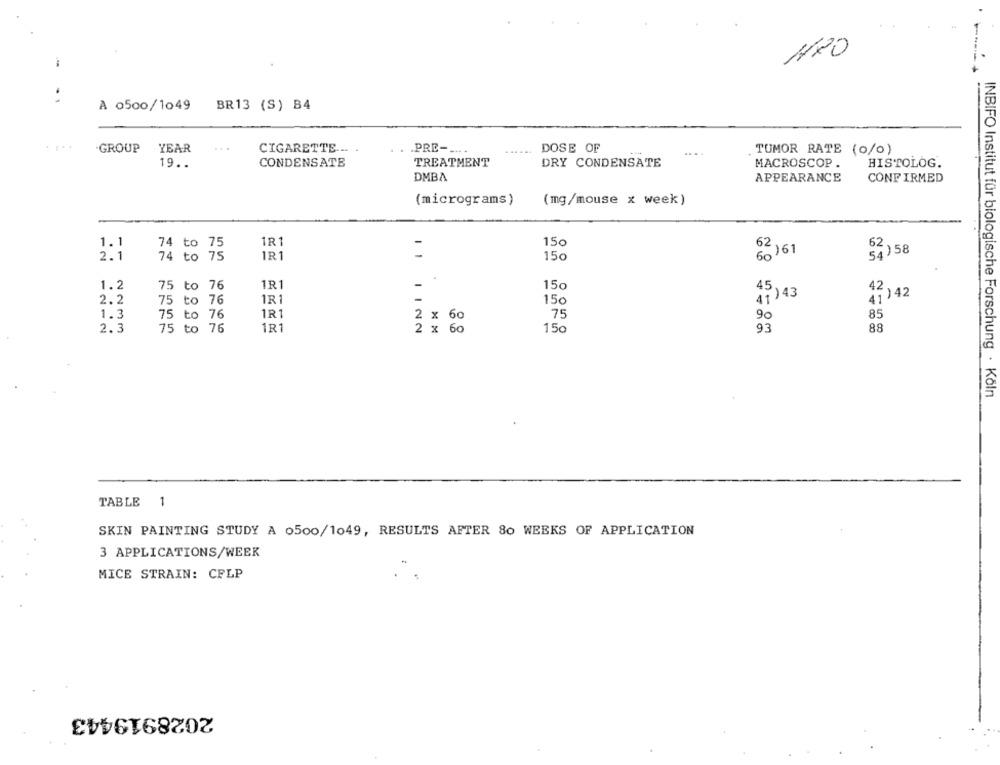
180
----
A 0500/1049
BR13 (S) B4
.GROUP
YEAR
.. .
CIGARETTE ... .
.PRE-
DOSE OF
....
TUMOR RATE (o/o)
19 ..
CONDENSATE
TREATMENT
DRY CONDENSATE
MACROSCOP .
HISTOLOG.
DMBA
APPEARANCE
CONFIRMED
(micrograms)
(mg/mouse x week)
1.1
1R1
150
74 to 75
60161
54)58
62
2.1
74 to 75
1R1
-
150
1R1
-
1.2
75 to 76
150
1R1
-
45 43
41 ) 42
2.2
75 to 76
150
1R1
1.3
75 to 76
2
x
6c
75
90
85
2.3
75 to 76
1R1
2 x 60
150
93
88
INBIFO Institut für biologische Forschung · Köln
TABLE 1
SKIN PAINTING STUDY A 0500/1049, RESULTS AFTER 80 WEEKS OF APPLICATION
3 APPLICATIONS/WEEK
MICE STRAIN: CFLP
2028919443